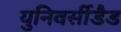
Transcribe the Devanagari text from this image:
युनिवर्सीडैड